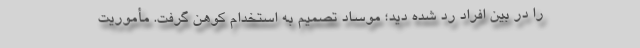
را در بین افراد رد شده دید؛ موساد تصمیم به استخدام کوهن گرفت. مأموریت